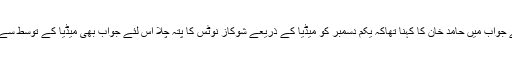
شوکاز نوٹس کے جواب میں حامد خان کا کہنا تھاکہ یکم دسمبر کو میڈیا کے ذریعے شوکاز نوٹس کا پتہ چلا اس لئے جواب بھی میڈیا کے توسط سے ہی دے رہا ہوں۔